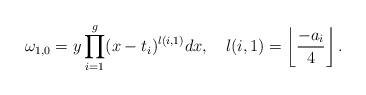
LaTeX: \begin{align*}\omega_{1,0} = y \prod_{i=1}^g (x-t_i)^{l(i,1)} dx, \ \ \ l(i,1) = \left \lfloor{\frac{-a_i}{4}}\right \rfloor.\end{align*}